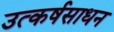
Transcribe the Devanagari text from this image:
उत्कर्षसाधन